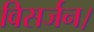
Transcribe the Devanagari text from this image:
विसर्जन।